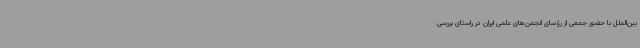
بین‌الملل با حضور جمعی از رؤسای انجمن‌های علمی ایران در راستای بررسی